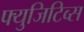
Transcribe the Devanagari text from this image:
फ्युजिटिव्स